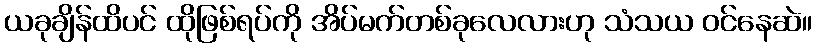
ယခုချိန်ထိပင် ထိုဖြစ်ရပ်ကို အိပ်မက်တစ်ခုလေလားဟု သံသယ ဝင်နေဆဲ။